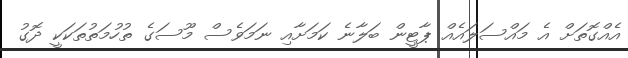
އެއްގޮތަށް އެ މައްސަލައެއް ޕާޓީން ބަލާނެ ކަމަށާއި ނަމަވެސް މޫސަގެ ތުހުމަތުތަކަކީ ދޮގު